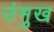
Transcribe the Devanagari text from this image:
उंमुख